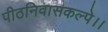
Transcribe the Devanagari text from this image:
पीठनिवासकल्पे।।